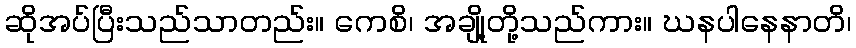
ဆိုအပ်ပြီးသည်သာတည်း။ ကေစိ၊ အချို့တို့သည်ကား။ ဃနပါနေနာတိ၊